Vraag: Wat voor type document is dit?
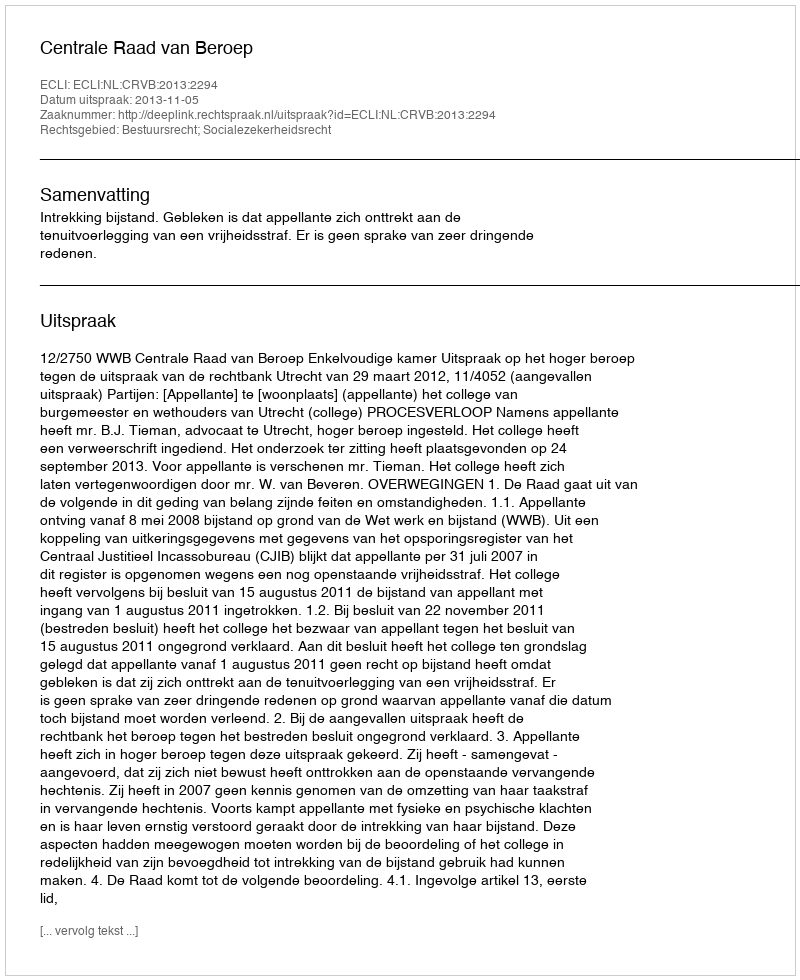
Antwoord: Uitspraak